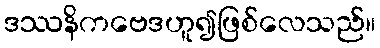
ဒဿနိကဗေဒဟူ၍ဖြစ်လေသည်။